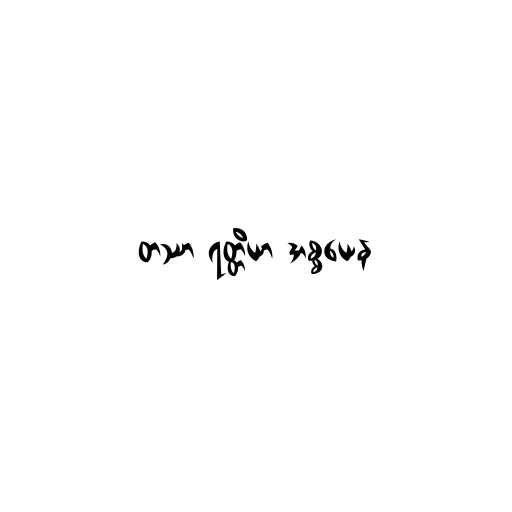
တဿာ ရတ္တိယာ အစ္စယေန